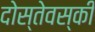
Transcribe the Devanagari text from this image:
दोस्तेवस्की